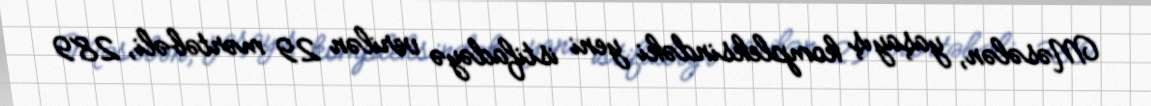
Məsələn, yaşayış kompleksindəki yeni istifadəyə verilən 29 mərtəbəli, 289